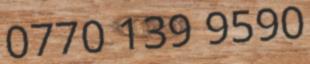
0770 139 9590